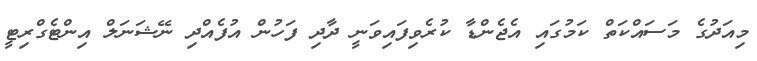
މިއަދުގެ މަސައްކަތް ކަމުގައި އެޖެންޑާ ކުރެވިފައިވަނީ ދާދި ފަހުން އުފެއްދި ނޭޝަނަލް އިންޓެގްރިޓީ